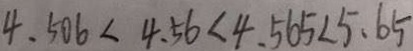
4 . 5 0 6 < 4 . 5 6 < 4 . 5 6 5 < 5 . 6 5